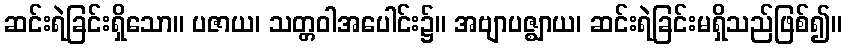
ဆင်းရဲခြင်းရှိသော။ ပဇာယ၊ သတ္တဝါအပေါင်း၌။ အဗျာပဇ္ဈာယ၊ ဆင်းရဲခြင်းမရှိသည်ဖြစ်၍။